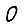
Digit: 0